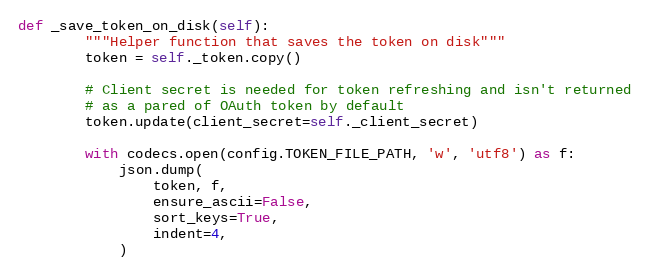
Language: Python
def _save_token_on_disk(self):
        """Helper function that saves the token on disk"""
        token = self._token.copy()

        # Client secret is needed for token refreshing and isn't returned
        # as a pared of OAuth token by default
        token.update(client_secret=self._client_secret)

        with codecs.open(config.TOKEN_FILE_PATH, 'w', 'utf8') as f:
            json.dump(
                token, f,
                ensure_ascii=False,
                sort_keys=True,
                indent=4,
            )